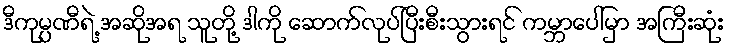
ဒီကုမ္ပဏီရဲ့ အဆိုအရ သူတို့ ဒါကို ဆောက်လုပ်ပြီးစီးသွားရင် ကမ္ဘာပေါ်မှာ အကြီးဆုံး